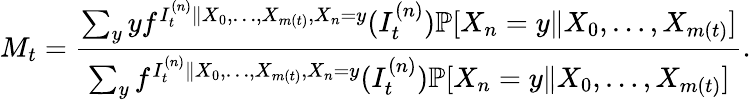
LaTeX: M_{t}=\frac{\sum_{y}yf^{I_{t}^{(n)}\| X_{0},\ldots,X_{m(t)},X_{n}=y}(I_{t}^{(n)})\mathbb{P}[X_{n}=y\| X_{0},\ldots,X_{m(t)}]}{\sum_{y}f^{I_{t}^{(n)}\| X_{0},\ldots,X_{m(t)},X_{n}=y}(I_{t}^{(n)})\mathbb{P}[X_{n}=y\| X_{0},\ldots,X_{m(t)}]}.